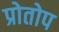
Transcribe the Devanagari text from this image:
प्रोतोप